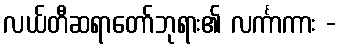
လယ်တီဆရာတော်ဘုရား၏ လင်္ကာကား -